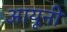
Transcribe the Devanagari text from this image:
आयूनी